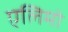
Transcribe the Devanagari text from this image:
एलिमो